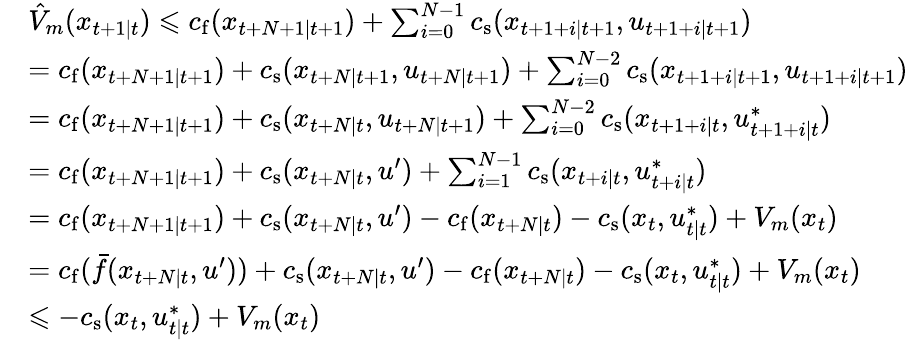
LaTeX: \begin{array}{rl}&{\hat{V}_{m}(x_{t+1\mid t})\leqslant c_{\mathrm{f}}(x_{t+N+1\mid t+1})+\sum_{i=0}^{N-1}c_{\mathrm{s}}(x_{t+1+i\mid t+1},u_{t+1+i\mid t+1})}\\ &{=c_{\mathrm{f}}(x_{t+N+1\mid t+1})+c_{\mathrm{s}}(x_{t+N\mid t+1},u_{t+N\mid t+1})+\sum_{i=0}^{N-2}c_{\mathrm{s}}(x_{t+1+i\mid t+1},u_{t+1+i\mid t+1})}\\ &{=c_{\mathrm{f}}(x_{t+N+1\mid t+1})+c_{\mathrm{s}}(x_{t+N\mid t},u_{t+N\mid t+1})+\sum_{i=0}^{N-2}c_{\mathrm{s}}(x_{t+1+i\mid t},u_{t+1+i\mid t}^{\ast})}\\ &{=c_{\mathrm{f}}(x_{t+N+1\mid t+1})+c_{\mathrm{s}}(x_{t+N\mid t},u^{\prime})+\sum_{i=1}^{N-1}c_{\mathrm{s}}(x_{t+i\mid t},u_{t+i\mid t}^{\ast})}\\ &{=c_{\mathrm{f}}(x_{t+N+1\mid t+1})+c_{\mathrm{s}}(x_{t+N\mid t},u^{\prime})-c_{\mathrm{f}}(x_{t+N\mid t})-c_{\mathrm{s}}(x_{t},u_{t\mid t}^{\ast})+V_{m}(x_{t})}\\ &{=c_{\mathrm{f}}(\bar{f}(x_{t+N\mid t},u^{\prime}))+c_{\mathrm{s}}(x_{t+N\mid t},u^{\prime})-c_{\mathrm{f}}(x_{t+N\mid t})-c_{\mathrm{s}}(x_{t},u_{t\mid t}^{\ast})+V_{m}(x_{t})}\\ &{\leqslant-c_{\mathrm{s}}(x_{t},u_{t\mid t}^{\ast})+V_{m}(x_{t})}\end{array}